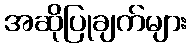
အဆိုပြုချက်များ